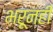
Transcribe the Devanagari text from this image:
भरूनही